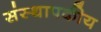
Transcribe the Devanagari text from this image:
संस्थापकीय